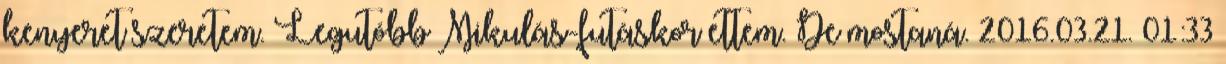
kenyeret szeretem. Legutóbb Mikulás-futáskor ettem. De mostaná. 2016.03.21. 01:33